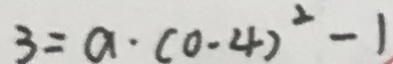
3 = a \cdot ( 0 . 4 ) ^ { 2 } - 1